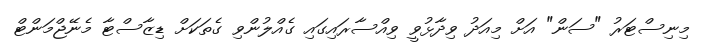
މިނިސްޓަރު "ސަން" އަށް މިއަދު ވިދާޅުވީ ވިއްސާރައިގައި ގެއްލުންވި ގެތަކަށް ޑިޒާސްޓާ މެނޭޖްމަންޓް